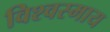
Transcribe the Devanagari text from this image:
विश्वस्माय